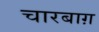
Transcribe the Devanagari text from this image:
चारबाग़